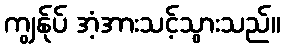
ကျွန်ုပ် အံ့အားသင့်သွားသည်။